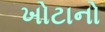
ખોટાનો